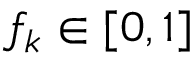
f _ { k } \in [ 0 , 1 ]